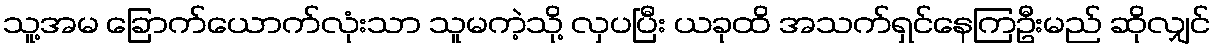
သူ့အမ ခြောက်ယောက်လုံးသာ သူမကဲ့သို့ လှပပြီး ယခုထိ အသက်ရှင်နေကြဦးမည် ဆိုလျှင်